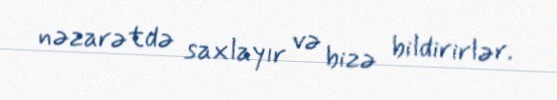
nəzarətdə saxlayır və bizə bildirirlər.